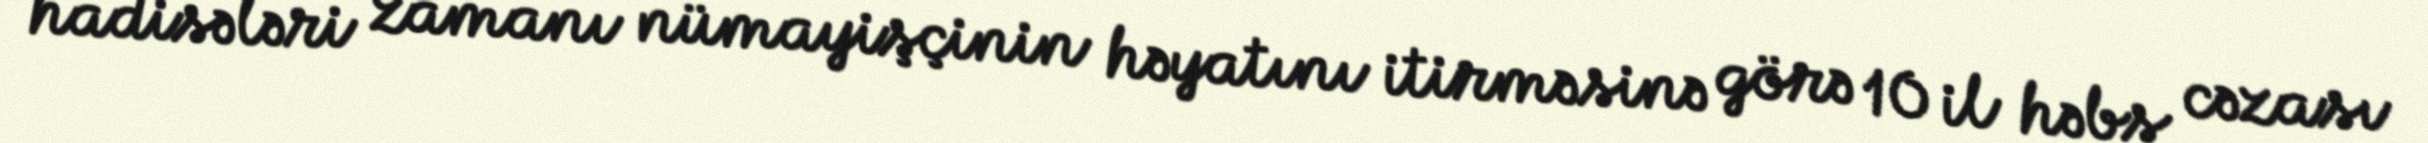
hadisələri zamanı nümayişçinin həyatını itirməsinə görə 10 il həbs cəzası